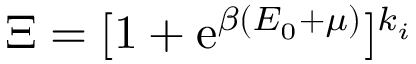
\Xi = [ 1 + \mathrm { e } ^ { \beta ( E _ { 0 } + \mu ) } ] ^ { k _ { i } }